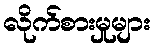
လိုက်စားမှုများ